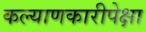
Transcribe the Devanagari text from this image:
कल्याणकारीपेक्षा